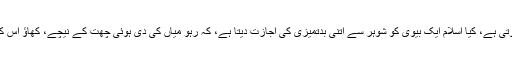
اس طرح کے ناول میں شوہر کی جو مٹی پلید ہوتی ہے، کیا اسلام ایک بیوی کو شوہر سے اتنی بدتمیزی کی اجازت دیتا ہے، کہ رہو میاں کی دی ہوئی چھت کے نیچے، کھاؤ اس کا دیا ہوا پیسہ، اور بدتمیزی بھی اسی سے کرو؟